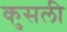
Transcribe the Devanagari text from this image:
कुसली